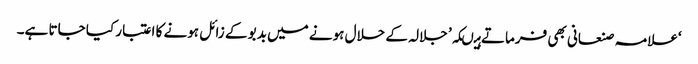
‘علامہ صنعانی بھی فرماتے ہیںکہ’ جلالہ کے حلال ہونے میں بدبو کے زائل ہونے کا اعتبار کیا جاتا ہے۔